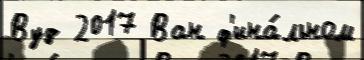
Вуд 2017 Ван ф'ина́льном